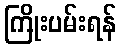
ကြိုးပမ်းရန်